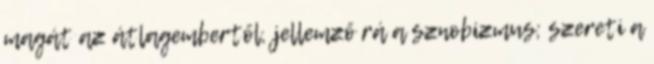
magát az átlagembertől, jellemző rá a sznobizmus; szereti a